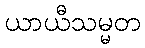
ယာယီသမ္မတ